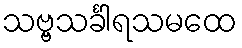
သဗ္ဗသင်္ခါရသမထေ